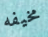
مخيفه